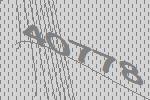
40778